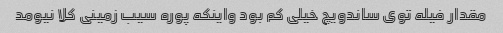
مقدار فیله توی ساندویچ خیلی کم بود واینکه پوره سیب زمینی کلا نیومد